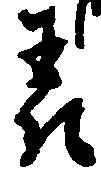
表